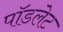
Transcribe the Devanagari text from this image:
पॉडलेट